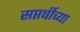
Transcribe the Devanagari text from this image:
सप्तर्षीच्या